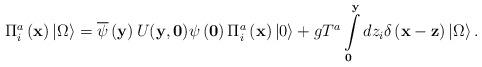
LaTeX: \begin{align*}\Pi _i^a \left( {\bf x} \right)\left| \Omega \right\rangle =\overline \psi \left( {\bf y} \right)U({\bf y},{\bf 0})\psi\left( {\bf 0} \right)\Pi _i^a \left( {\bf x} \right)\left| 0\right\rangle + gT^a \int\limits_{\bf 0}^{\bf y} {dz_i } \delta\left( {{\bf x} - {\bf z}} \right)\left| \Omega \right\rangle.\end{align*}